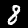
Label: 8